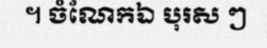
។ ចំណែកឯ បុរស ៗ